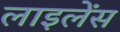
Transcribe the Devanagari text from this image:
लाइलेंस